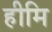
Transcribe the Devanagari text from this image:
हीमि